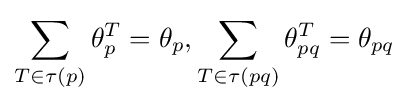
\sum _{T\in \tau (p)}\theta _{p}^{T}=\theta _{p},\sum _{T\in \tau (pq)}\theta _{pq}^{T}=\theta _{pq}